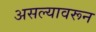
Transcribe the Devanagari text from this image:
असल्यावरून